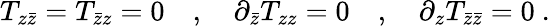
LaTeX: T_{z{\bar{z}}}=T_{{\bar{z}}z}=0\quad,\quad\partial_{\bar{z}}T_{zz}=0\quad,\quad\partial_{z}T_{{\bar{z}}{\bar{z}}}=0\ .